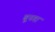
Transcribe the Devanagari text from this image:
बूनगा